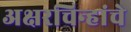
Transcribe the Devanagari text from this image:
अक्षरचिन्हांचे